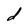
Character: d